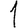
Digit: 1